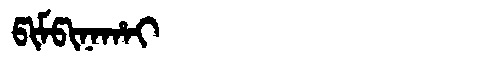
Manchu: ᡦᡳᠮᡦᡳᠨᠠᡥᠠᡳ
Romanization: PIMPINAHAI